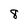
Character: 8